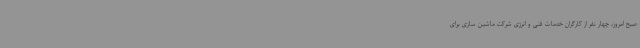
صبح امروز، چهار نفر از کارگران خدمات فنی و انرژی شرکت ماشین سازی برای